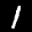
Label: 1